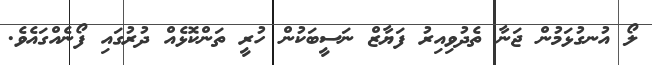
ލޯ އުނގުޅަމުން ޖަނާ ތެދުވިއިރު ފަޔާޒް ނަސީބަކުން ހުރީ ތަންކޮޅެއް ދުރުގައި ފޯނެއްގައެވެ.